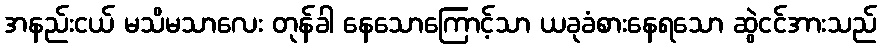
အနည်းငယ် မသိမသာလေး တုန်ခါ နေသောကြောင့်သာ ယခုခံစားနေရသော ဆွဲငင်အားသည်